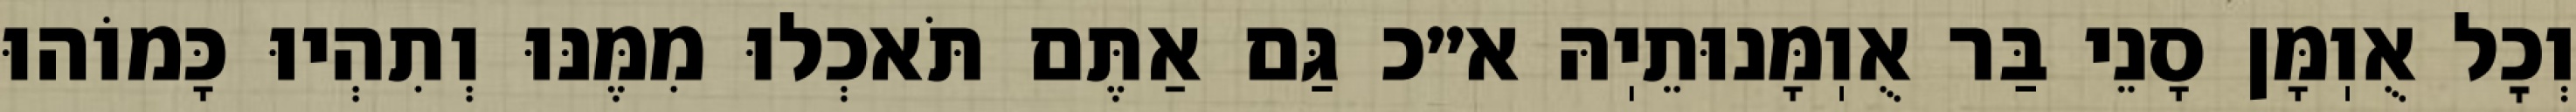
וְכׇל אֻוֽמָּן סָנֵי בַּר אֻוֽמָּנוּתֵיֽהּ א״כ גַּם אַתֶּם תֹּאכְלוּ מִמֶּנּוּ וְתִהְיוּ כָּמוֹהוּ